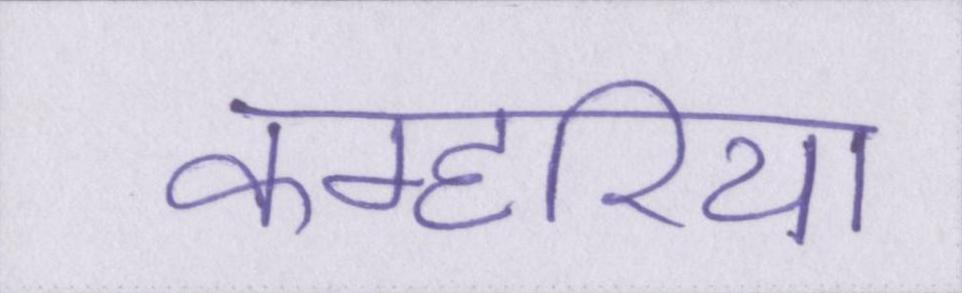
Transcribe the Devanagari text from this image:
कम्हरिया